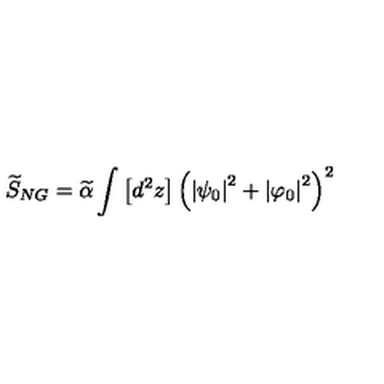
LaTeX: \widetilde { S } _ { N G } = \widetilde { \alpha } \int \left[ d ^ { 2 } z \right] \left( \left| \psi _ { 0 } \right| ^ { 2 } + \left| \varphi _ { 0 } \right| ^ { 2 } \right) ^ { 2 }